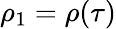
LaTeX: \rho_{1}=\rho(\tau)